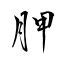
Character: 胛